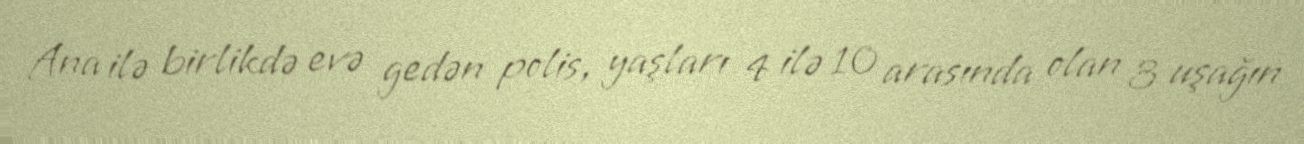
Ana ilə birlikdə evə gedən polis, yaşları 4 ilə 10 arasında olan 3 uşağın